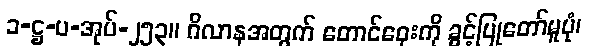
၁-ဋ္ဌ-ပ-အုပ်-၂၅၃။ ဂိလာနအတွက် တောင်ဝှေးကို ခွင့်ပြုတော်မူပုံ၊